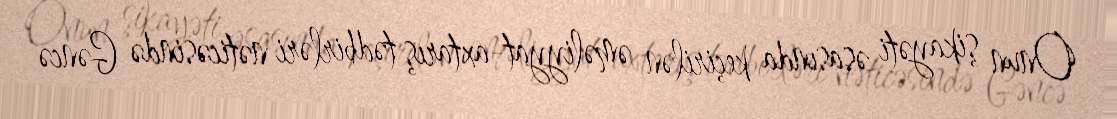
Onun şikayəti əsasında keçirilən əməliyyat-axtarış tədbirləri nəticəsində Gəncə